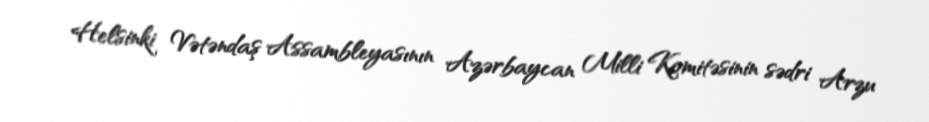
Helsinki Vətəndaş Assambleyasının Azərbaycan Milli Komitəsinin sədri Arzu